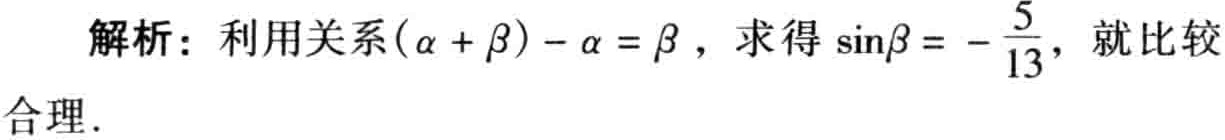
解析：利用关系\((\alpha + \beta) - \alpha = \beta\)，求得\(\sin\beta = -\frac{5}{13}\)，就比较合理.